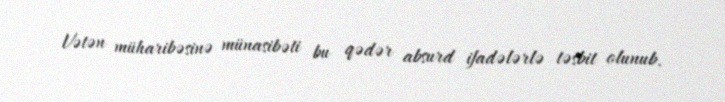
Vətən müharibəsinə münasibəti bu qədər absurd ifadələrlə təsbit olunub.